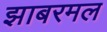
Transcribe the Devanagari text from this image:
झाबरमल